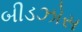
બીડઝોસ